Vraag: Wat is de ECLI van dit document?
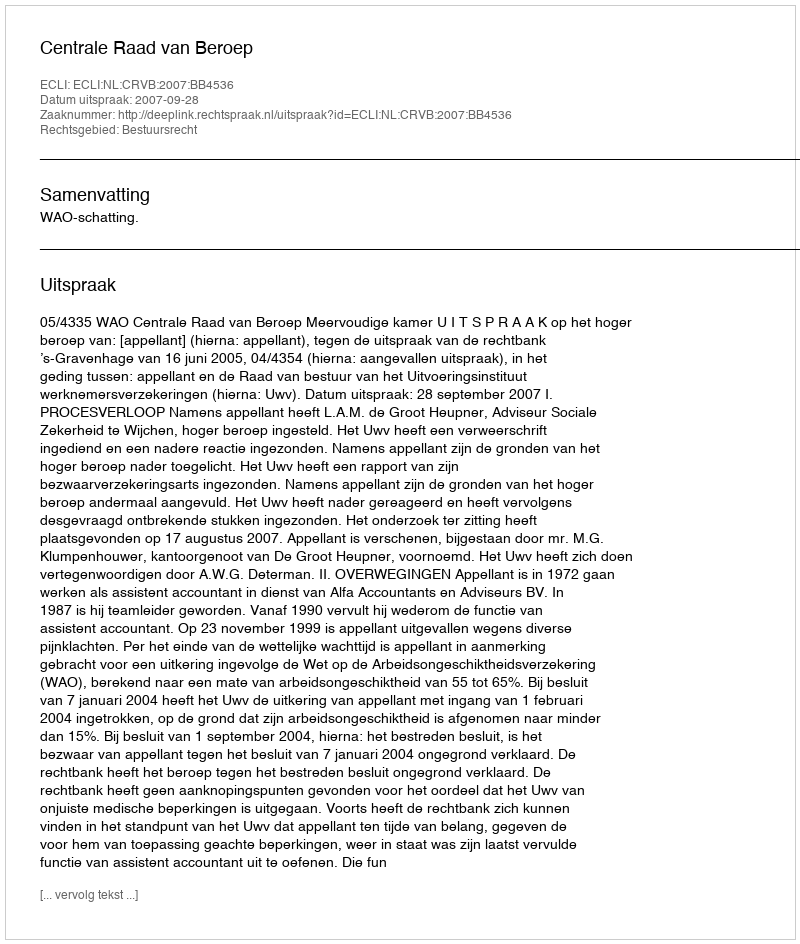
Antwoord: ECLI:NL:CRVB:2007:BB4536